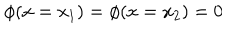
LaTeX: \phi ( x = x _ { 1 } ) = \phi ( x = x _ { 2 } ) = 0